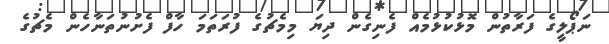
ނަޕޯލީގެ ފަރާތުން މޮޅުކުޅުމެއް ފެނިގެން ދިޔަ މިމެޗުގެ ފުރަތަމަ ހާފް ފެށުނުތަނާހެން މެޗުގެ